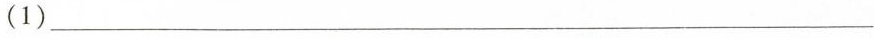
(1)___